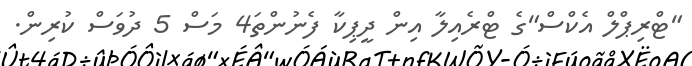
"ޓްރިޕްލް އެކްސް"ގެ ޓްރެއިލާ އިން ދީޕިކާ ފެެނުންތަ4 މަސް 5 ދުވަސް ކުރިން.